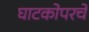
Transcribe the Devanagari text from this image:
घाटकोपरचे